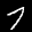
Label: 7